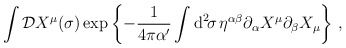
\begin{align*}\int{\cal D}X^\mu(\sigma)\exp\left\{-\frac{1}{4\pi\alpha^\prime}\int\mbox{d}^2\!\sigma\,\eta^{\alpha\beta}\partial_\alpha X^\mu\partial_\beta X_\mu\right\}\, ,\end{align*}